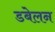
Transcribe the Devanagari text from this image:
डबेलन